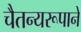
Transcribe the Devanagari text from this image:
चैतन्यरूपाने